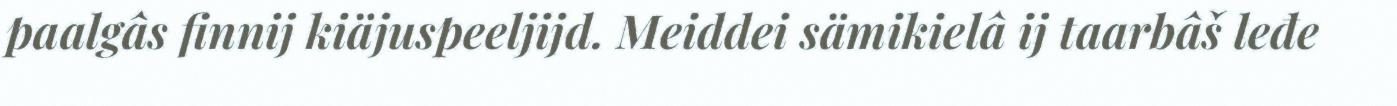
paalgâs finnij kiäjuspeeljijd. Meiddei sämikielâ ij taarbâš leđe